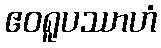
ဧဝရူပဿာဟံ